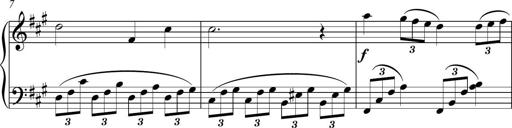
Title: Piano Sonatina in A major
Composer: Z Q Sysmoebius
Key: A major